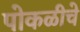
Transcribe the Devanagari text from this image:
पोकळीचे